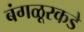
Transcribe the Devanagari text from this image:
बंगळूरकडे